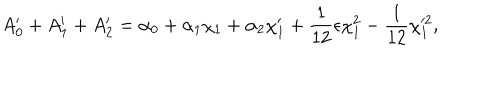
~ A _ { 0 } ^ { \prime } + A _ { 1 } ^ { \prime } + A _ { 2 } ^ { \prime } = \alpha _ { 0 } + \alpha _ { 1 } \chi _ { 1 } + \alpha _ { 2 } \chi _ { 1 } ^ { \prime } + \frac { 1 } { 1 2 } \epsilon \chi _ { 1 } ^ { 2 } - \frac { 1 } { 1 2 } \chi _ { 1 } ^ { \prime 2 } ,